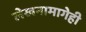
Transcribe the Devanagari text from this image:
लेखनामागेही